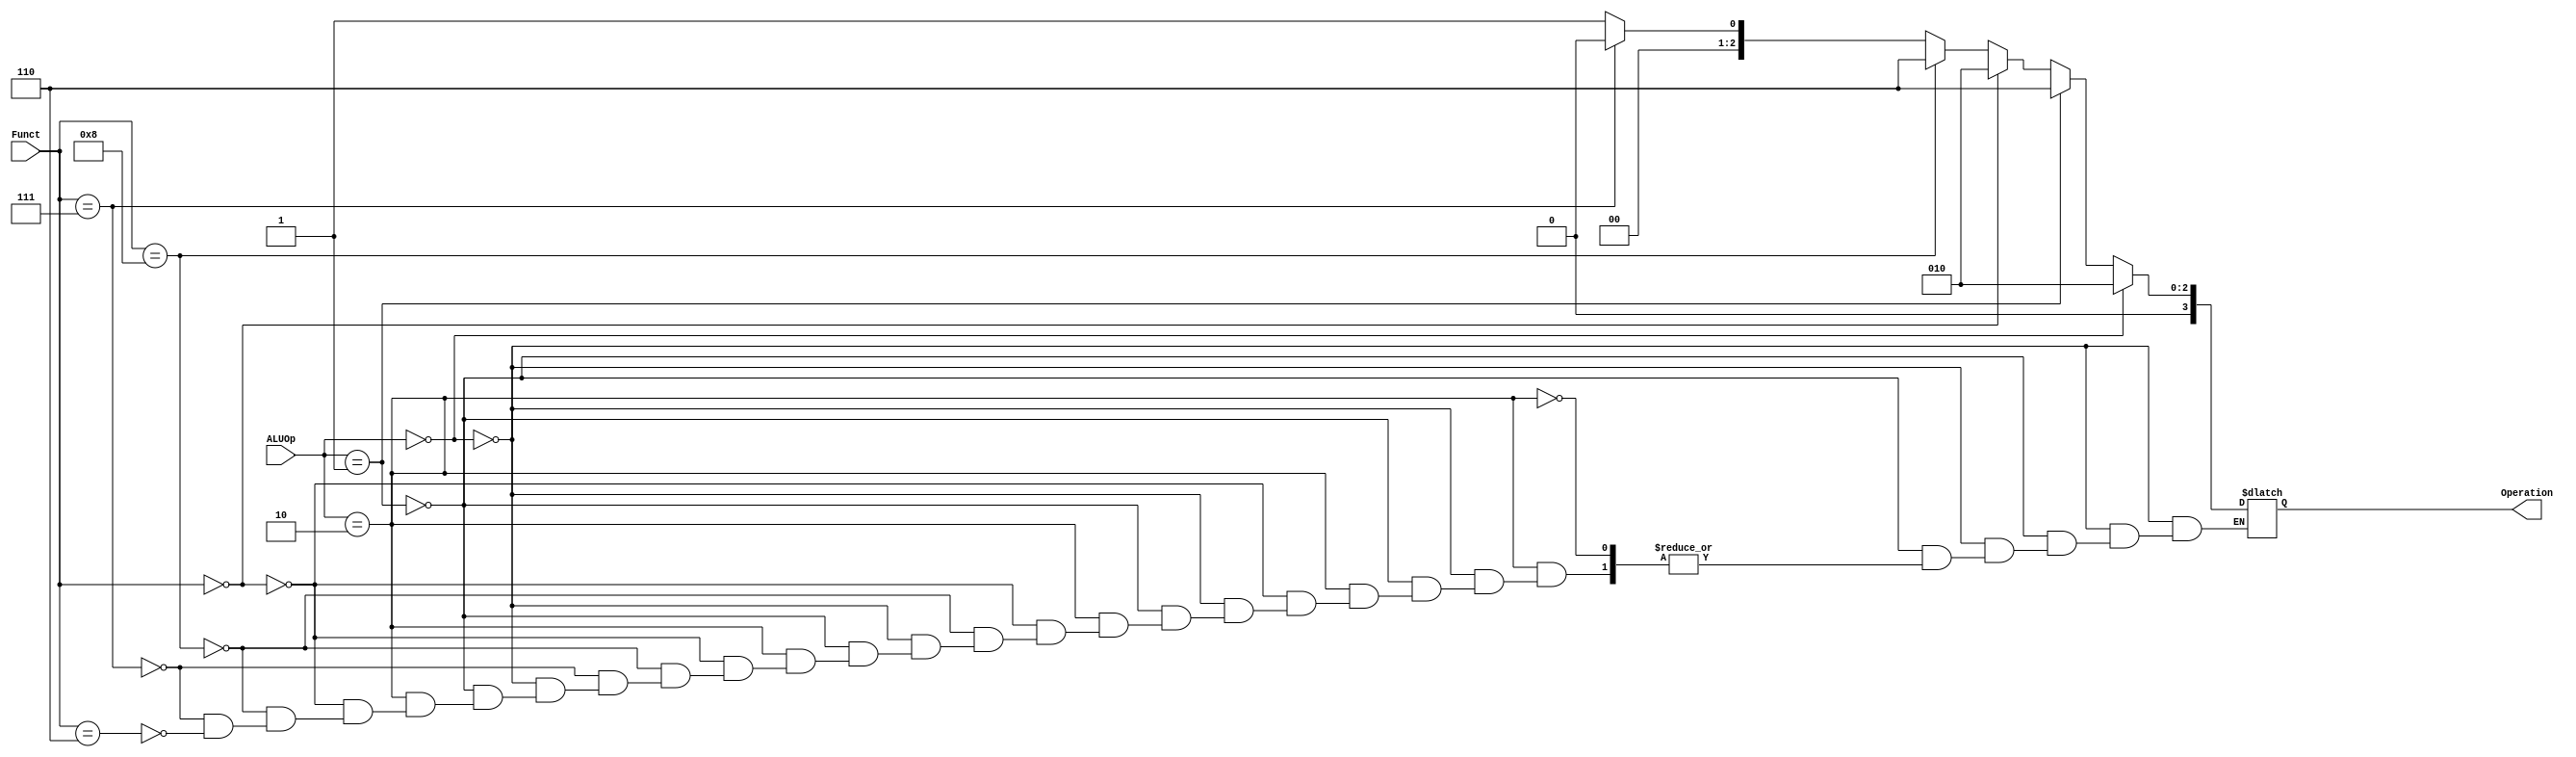
module  ALU_Control(
  input [1:0] ALUOp,
  input [3:0] Funct,
  output reg [3:0] Operation
);
  
  always @(ALUOp) 
    begin
      if (ALUOp == 2'b00)
        begin
          Operation = 4'b0010;
        end
      else if (ALUOp == 2'b01)
        begin
          Operation = 4'b0110;
        end
      else if (ALUOp == 2'b10)
        begin
          if (Funct == 4'b0000)
            begin 
              Operation = 4'b0010;
            end
          else if (Funct == 4'b1000)
            begin 
              Operation = 4'b0110;
            end
          else if (Funct == 4'b0111)
            begin
              Operation = 4'b0000;
            end
          else if (Funct == 4'b0110)
            begin
              Operation = 4'b0001;
            end
        end          
    end 
endmodule